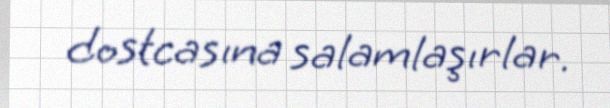
dostcasına salamlaşırlar.